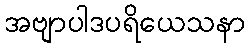
အဗျာပါဒပရိယေသနာ